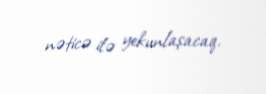
nəticə ilə yekunlaşacaq.